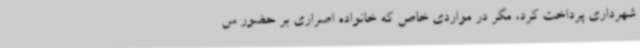
شهرداری پرداخت کرد، مگر در مواردی خاص که خانواده اصراری بر حضور س